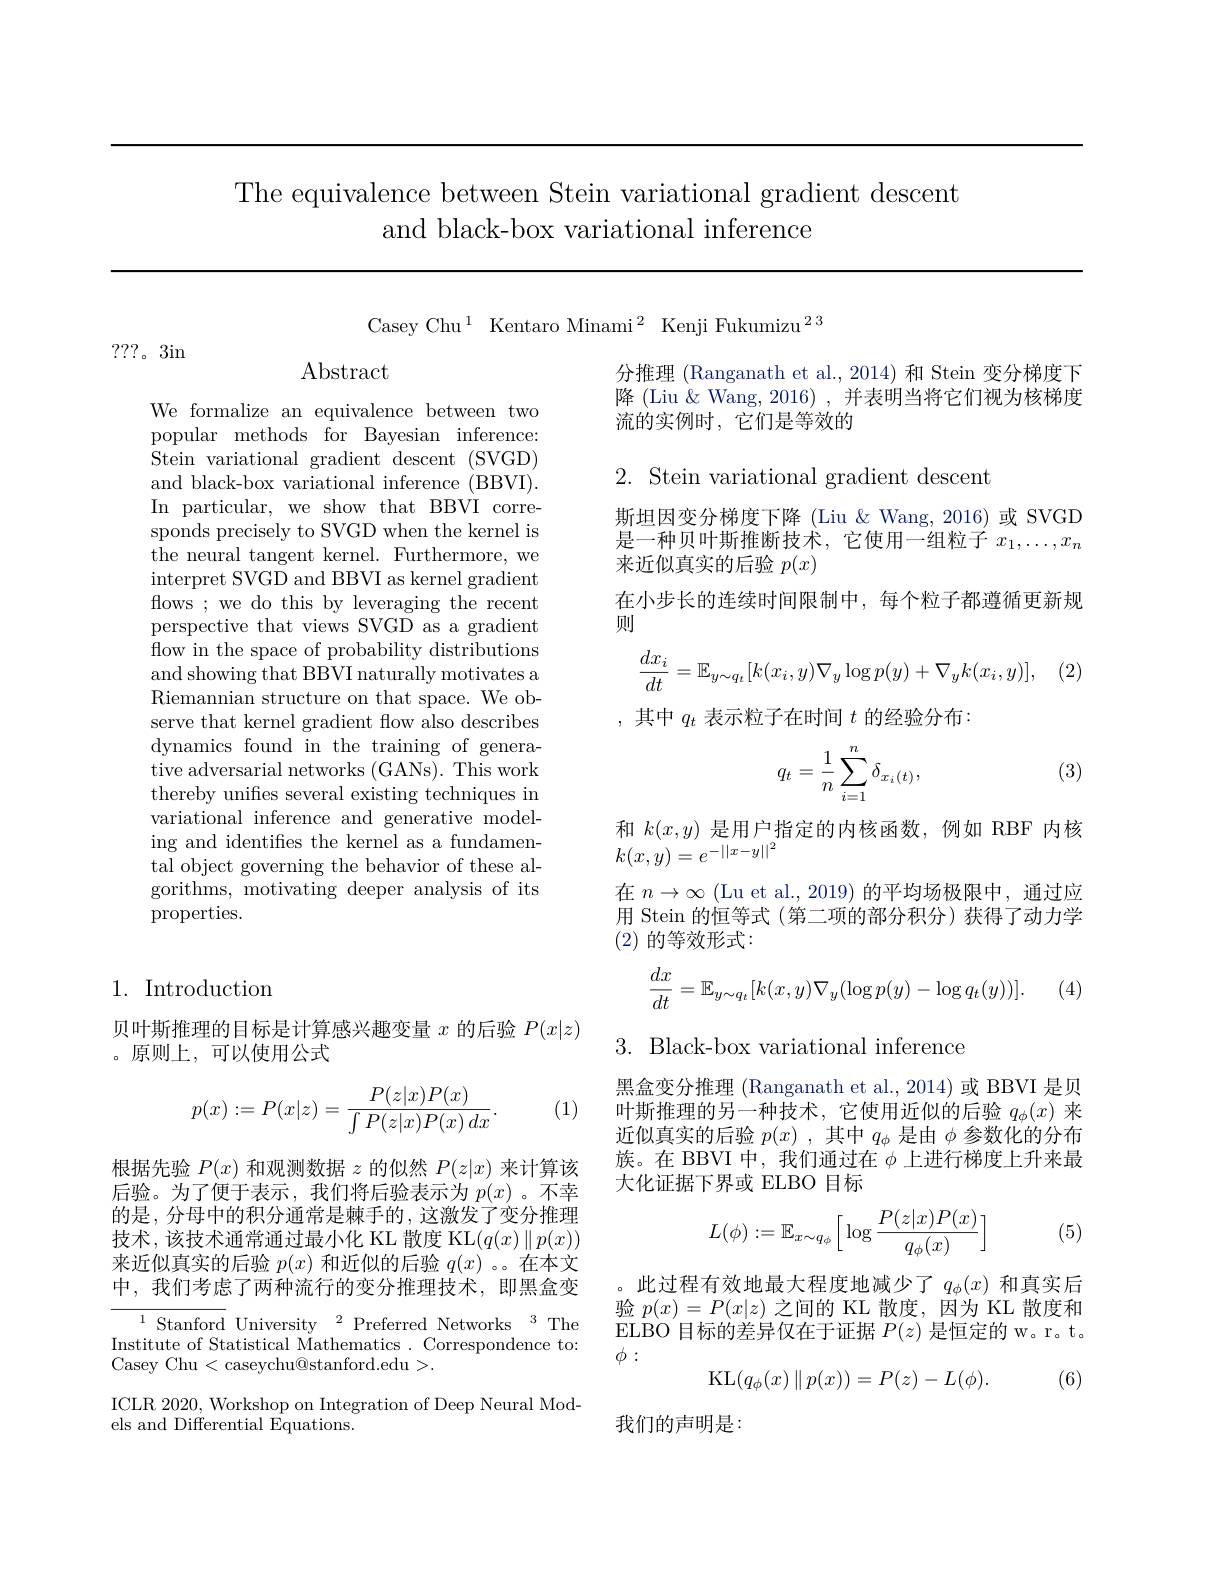
The equivalence between Stein variational gradient descent
and black-box variational inference

Casey Chu$^1$ Kentaro Minami$^2$ Kenji Fukumizu$^{23}$

???。3in

$\operatorname{Abstract}$

We formalize an equivalence between two popular methods for Bayesian inference: Stein variational gradient descent (SVGD) and black-box variational inference (BBVI). In particular, we show that BBVI corresponds precisely to SVGD when the kernel is the neural tangent kernel. Furthermore, we interpret SVGD and BBVI as kernel gradient flows ; we do this by leveraging the recent perspective that views SVGD as a gradient flow in the space of probability distributions and showing that BBVI naturally motivates a Riemannian structure on that space. We observe that kernel gradient flow also describes dynamics found in the training of generative adversarial networks (GANs). This work thereby unifies several existing techniques in variational inference and generative modeling and identifies the kernel as a fundamental object governing the behavior of these algorithms, motivating deeper analysis of its properties.

## 1. Introduction

贝叶斯推理的目标是计算感兴趣变量$x$的后验$P(x|z)$
。原则上，可以使用公式

(1)
$$p(x):=P(x|z)=\frac{P(z|x)P(x)}{\int P(z|x)P(x)\:dx}.$$
根据先验$P(x)$和观测数据$z$的似然$P(z|x)$来计算该后验。为了便于表示，我们将后验表示为$p(x)$。不幸的是，分母中的积分通常是棘手的，这激发了变分推理技术，该技术通常通过最小化 KL 散度 KL$(q(x)\parallel p(x))$ 来近似真实的后验$p(x)$和近似的后验$q(x)$ 。。在本文中，我们考虑了两种流行的变分推理技术，即黑盒变

$^{1}$Stanford University$^2$Preferred Networks$^3$The Institute of Statistical Mathematics . Correspondence to: Casey Chu <caseychu@stanford.edu>.
ICLR 2020, Workshop on Integration of Deep Neural Mod-
els and Differential $\hat{\text{Equations.}}$

分推理 (Ranganath et al.,2014) 和 Stein 变分梯度下降 (Liu & Wang, 2016) , 并表明当将它们视为核梯度流的实例时，它们是等效的

2. Stein variational gradient descent

斯坦因变分梯度下降 (Liu &Wang, 2016) 或 SVGD 是一种贝叶斯推断技术，它使用一组粒子$x_1,\ldots,x_n$ 来近似真实的后验$p(x)$
在小步长的连续时间限制中，每个粒子都遵循更新规
则
$$\frac{dx_i}{dt}=\mathbb{E}_{y\sim q_t}[k(x_i,y)\nabla_y\log p(y)+\nabla_yk(x_i,y)],$$
,其中$q_t$表示粒子在时间$t$的经验分布：

(3)
$$q_t=\dfrac{1}{n}\sum_{i=1}^{n}\delta_{x_i(t)},$$
和$k(x,y)$是用户指定的内核函数，例如 RBF 内核
$k(x,y)=e^{-||x-y||^2}$
在$n\to\infty$ (Lu et al., 2019) 的平均场极限中，通过应用 Stein 的恒等式 (第二项的部分积分)获得了动力学(2)的等效形式：
$$\frac{dx}{dt}=\mathbb{E}_{y\sim q_t}[k(x,y)\nabla_y(\log p(y)-\log q_t(y))].$$
(4)

$3.{\mathrm{~Black-box~variational~inference}}$

黑盒变分推理 (Ranganath et al., 2014) 或 BBVI 是贝叶斯推理的另一种技术，它使用近似的后验$q_\phi(x)$来近似真实的后验$p(x)$ ,其中$q_\phi$是由$\phi$参数化的分布族。在 BBVI 中，我们通过在$\phi$上进行梯度上升来最大化证据下界或 ELBO 目标
$$L(\phi):=\mathbb{E}_{x\sim q_\phi}\Big[\log\frac{P(z|x)P(x)}{q_\phi(x)}\Big]$$
(5)

,此过程有效地最大程度地减少了$q_\phi(x)$ 和真实后验$p(x)=P(x|z)$之间的 KL 散度，因为 KL 散度和ELBO 目标的差异仅在于证据$P(z)$是恒定的 w。r。t。$\phi:$
$$\mathrm{KL}(q_\phi(x)\parallel p(x))=P(z)-L(\phi).$$
(6)

我们的声明是3